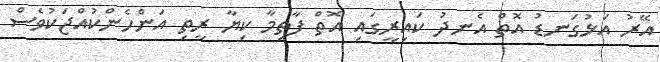
އޭރު އަޅުގަނޑު އޮތް އެނދު ކައިރީގައި އޮތް ފާތިމާ ކިޔާ ރީތި އަންހެންކުއްޖަކުވެސް